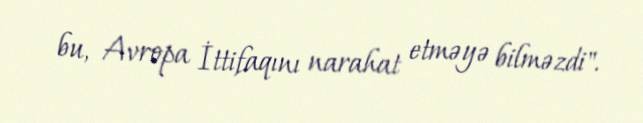
bu, Avropa İttifaqını narahat etməyə bilməzdi".